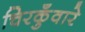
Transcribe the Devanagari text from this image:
चिरकुँवारे